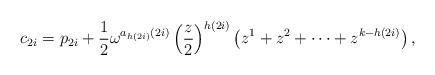
LaTeX: \begin{align*}c_{2i} = p_{2i}+\frac12\omega^{a_{h(2i)}(2i)}\left(\frac{z}{2}\right)^{h(2i)}\left(z^1+z^2+\dots+z^{k-h(2i)}\right),\end{align*}